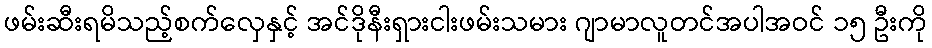
ဖမ်းဆီးရမိသည့်စက်လှေနှင့် အင်ဒိုနီးရှားငါးဖမ်းသမား ဂျာမာလူတင်အပါအဝင် ၁၅ ဦးကို